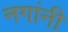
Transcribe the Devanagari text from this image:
नगांनी